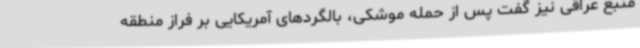
منبع عراقی نیز گفت پس از حمله موشکی، بالگردهای آمریکایی بر فراز منطقه